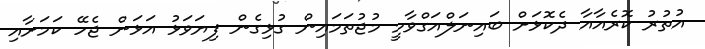
އުތުރު ކޮރެއާއާ ދެކޮޅަށް ބައިނަލްއަގްވާމީ މުޖުތަމައިން ގުޅިގެން ފިޔަވަޅު އަޅަން ޖެހޭ ކަމަށާއި